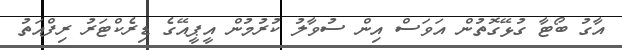
އާގު ބޯޓާ ގުޅޭގޮތުން އަވަސް އިން ސުވާލު ކުރުމުން އީޕީއޭގެ ޑިރެކްޓަރު ރިފްއަތު